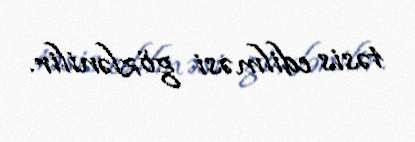
təsis edilməsi gözlənilir.